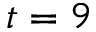
t = 9